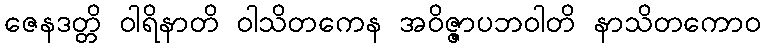
ဇေနဒတ္တိ ဝါရိနာတိ ဝါသိတကေန အဝိဇ္ဇာပဘဝါတိ နာသိတကောဝ